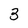
Character: 3